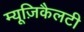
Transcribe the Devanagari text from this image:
म्यूज़िकैलटी